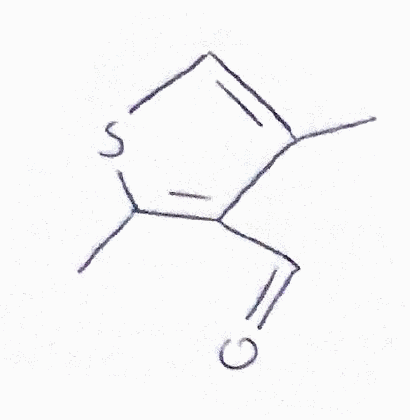
Simplified molecular-input line-entry system (SMILES) notation of the given molecule:
CC1=CSC(=C1C=O)C